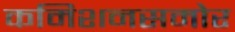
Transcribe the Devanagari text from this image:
कमिशनसमोर